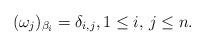
LaTeX: \begin{align*}(\omega_{j})_{\beta_i} = \delta_{i, j},1 \leq i,\, j \leq n.\end{align*}